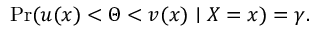
\operatorname* { P r } ( u ( x ) < \Theta < v ( x ) \mid X = x ) = \gamma .